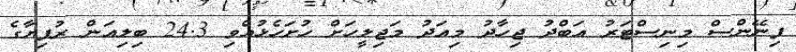
ފިނޭންސް މިނިސްޓަރު އަބްދު ޖިހާދު މިއަދު މަޖިލީހަށް ހުށަހެޅުއްވި 24.3 ބިލިއަން ރުފިޔާގެ